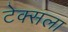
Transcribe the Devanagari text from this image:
टेक्सला